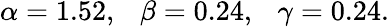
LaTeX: \alpha=1.52,~~~\beta=0.24,~~~\gamma=0.24.